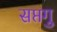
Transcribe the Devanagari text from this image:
सप्तगु